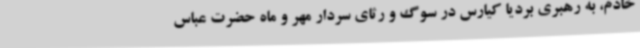
خادم، به رهبری بردیا کیارس در سوگ و رثای سردار مهر و ماه حضرت عباس